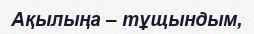
Ақылыңа – тұщындым,